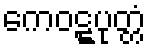
ကေဝဋ္ဋပုတ္တံ